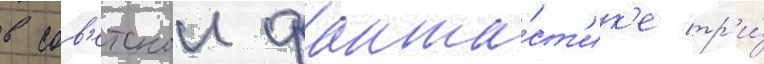
в сов'етскои фанта́ст'ик'е тр'и́